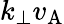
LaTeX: k_{\perp}v_{\mathrm{A}}